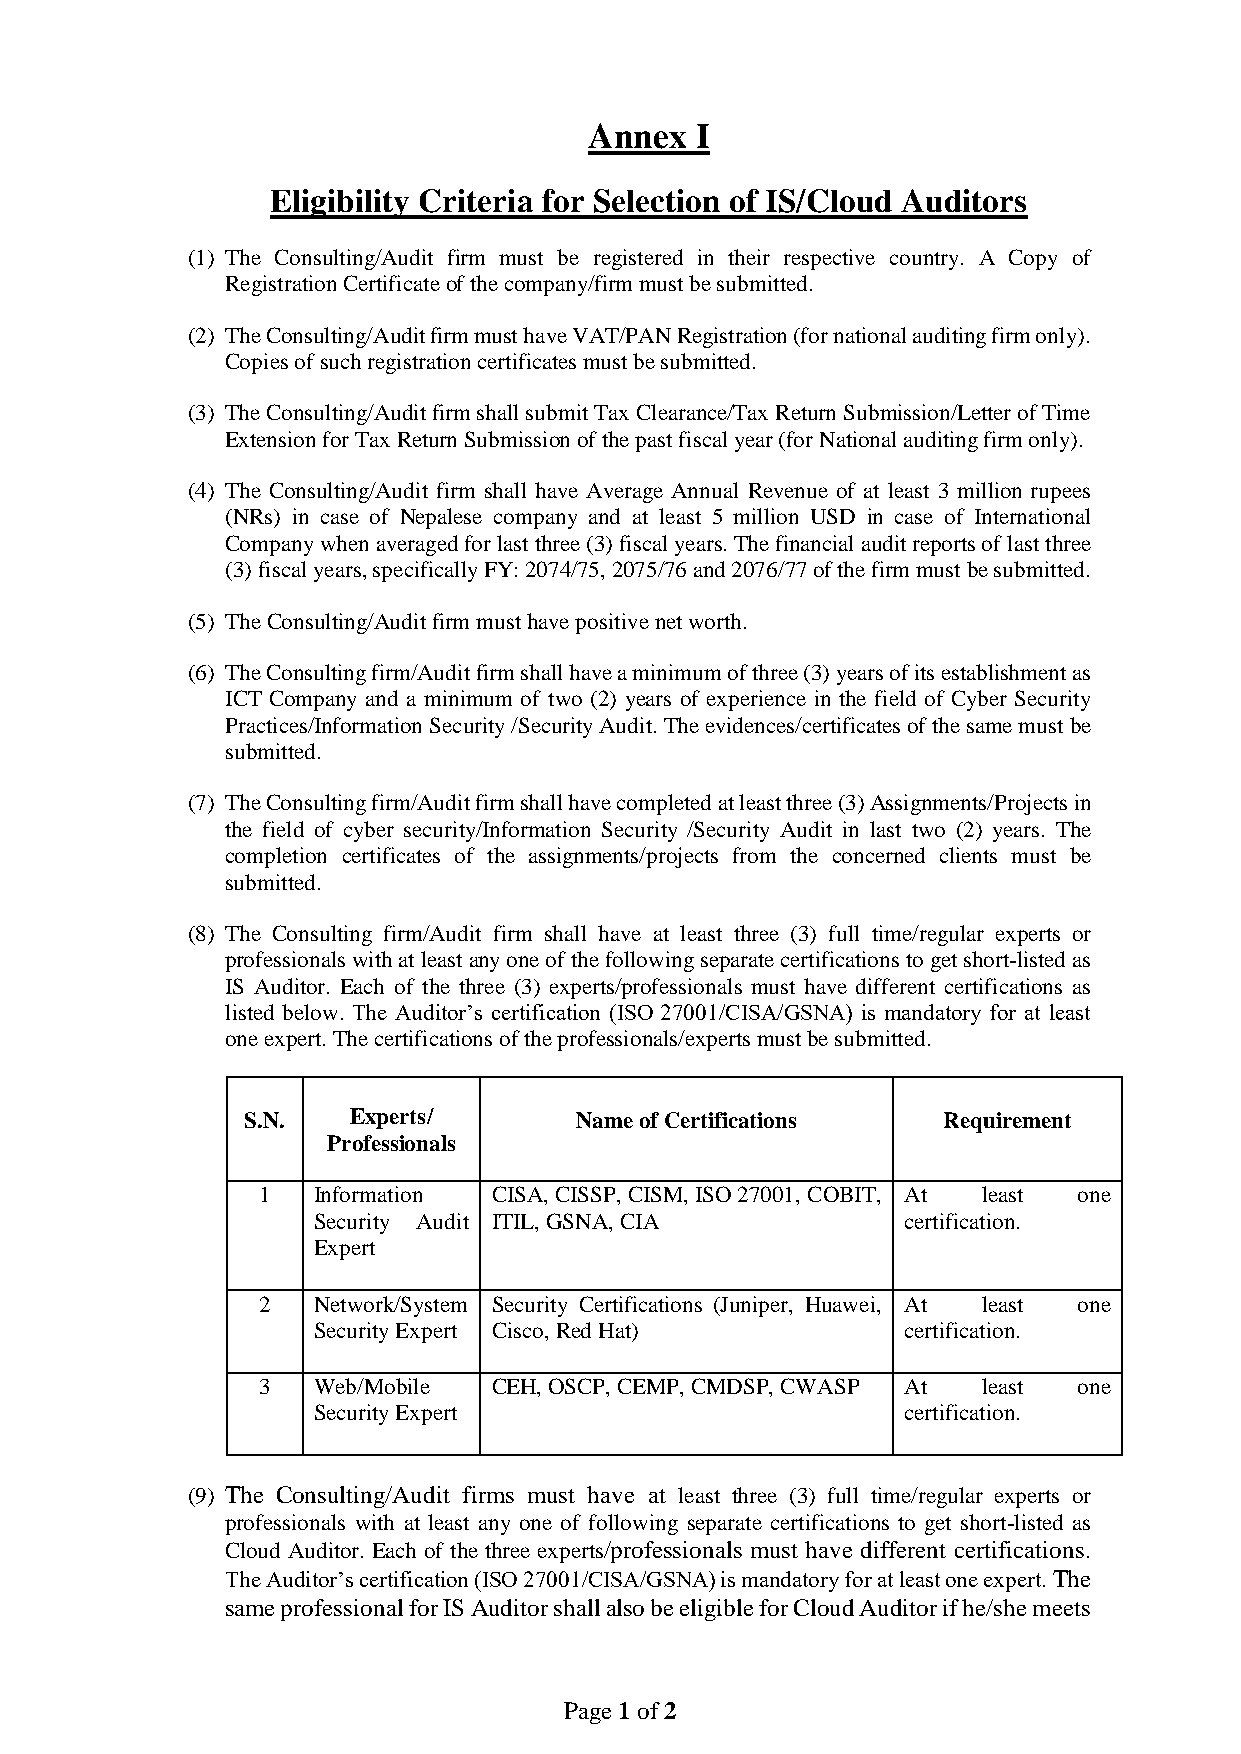
Annex  I
 Eligibility Criteria for Selection of IS/Cloud Auditors
 (1) The Consulting/Audit firm must be registered in their respective country. A Copy of
 Registration Certificate of the company/firm must be submitted.
 (2) The Consulting/Audit firm must have VAT/PAN Registration (for national auditing firm only).
 Copies of such registration certificates must be submitted.
 (3) The Consulting/Audit firm shall submit Tax Clearance/Tax Return Submission/Letter of Time
 Extension for Tax Return Submission of the past fiscal year (for National auditing firm only).
 (4) The Consulting/Audit firm shall have Average Annual Revenue of at least 3 million rupees
 (NRs) in case of Nepalese company and at least 5 million USD in case of International
 Company when averaged for last three (3) fiscal years. The financial audit reports of last three
 (3) fiscal years, specifically FY: 2074/75, 2075/76 and 2076/77 of the firm must be submitted.
 (5) The Consulting/Audit firm must have positive net worth.
 (6) The Consulting firm/Audit firm shall have a minimum of three (3) years of its establishment as
 ICT Company and a minimum of two (2) years of experience in the field of Cyber Security
 Practices/Information Security /Security Audit. The evidences/certificates of the same must be
 submitted.
 (7) The Consulting firm/Audit firm shall have completed at least three (3) Assignments/Projects in
 the field of cyber security/Information Security /Security Audit in last two (2) years. The
 completion certificates of the assignments/projects from the concerned clients must be
 submitted.
 (8) The Consulting firm/Audit firm shall have at least three (3) full time/regular experts or
 professionals with at least any one of the following separate certifications to get short-listed as
 IS Auditor. Each of the three (3) experts/professionals must have different certifications as
 listed below. The Auditor’s certification (ISO 27001/CISA/GSNA) is mandatory for at least
 one expert. The certifications of the professionals/experts must be submitted.
 S.N.   Experts/       Name of Certifications  Requirement
 Professionals
 1   Information CISA, CISSP, CISM, ISO 27001, COBIT, At least one
 Security Audit ITIL, GSNA, CIA         certification.
 Expert
 2   Network/System Security Certifications (Juniper, Huawei, At least one
 Security Expert Cisco, Red Hat)        certification.
 3   Web/Mobile  CEH, OSCP, CEMP, CMDSP, CWASP At least one
 Security Expert                        certification.
 (9) The Consulting/Audit firms must have at least three (3) full time/regular experts or
 professionals with at least any one of following separate certifications to get short-listed as
 Cloud Auditor. Each of the three experts/professionals must have different certifications.
 The Auditor’s certification (ISO 27001/CISA/GSNA) is mandatory for at least one expert. The
 same professional for IS Auditor shall also be eligible for Cloud Auditor if he/she meets
 Page 1 of 2